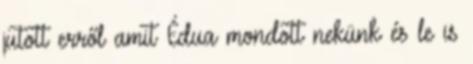
jutott erről amit Édua mondott nekünk és le is